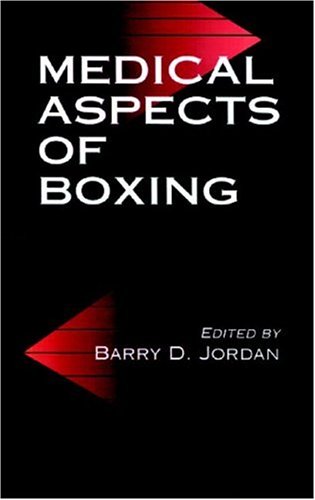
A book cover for Medical Aspects of Boxing; Barry Jordan; Sports & Outdoors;